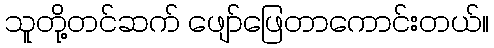
သူတို့တင်ဆက် ဖျော်ဖြေတာကောင်းတယ်။